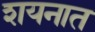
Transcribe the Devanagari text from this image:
शयनात